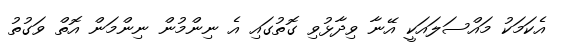
އެކަމަކު މައްސަލައަކީ އޭނާ ވިދާޅުވި ގޮތުގައި އެ ނިންމުން ނިންމަން އޮތް ވަގުތު